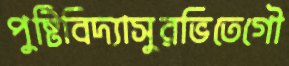
পুষ্টিবিদ্যাসুরভিতেগৌ